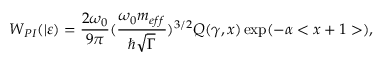
W _ { P I } ( | \varepsilon ) = \frac { 2 \omega _ { 0 } } { 9 \pi } ( \frac { \omega _ { 0 } m _ { e f f } } { \hbar \sqrt { \Gamma } } ) ^ { 3 / 2 } Q ( \gamma , x ) \exp ( - \alpha < x + 1 > ) ,